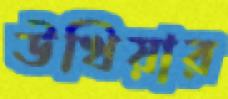
উখিয়ার